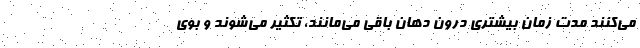
می‌کنند مدت زمان بیشتری درون دهان باقی می‌مانند، تکثیر می‌شوند و بوی